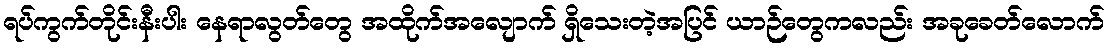
ရပ်ကွက်တိုင်းနီးပါး နေရာလွတ်တွေ အထိုက်အလျောက် ရှိသေးတဲ့အပြင် ယာဉ်တွေကလည်း အခုခေတ်လောက်